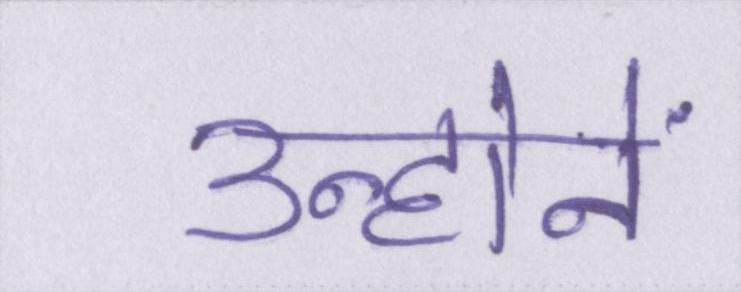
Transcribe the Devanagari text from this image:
उन्होनें